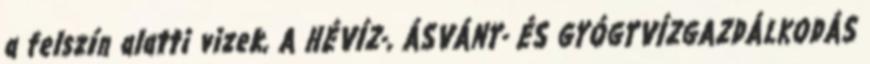
a felszín alatti vizek, A HÉVÍZ-, ÁSVÁNY- ÉS GYÓGYVÍZGAZDÁLKODÁS